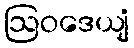
ဩဝဒေယျံ